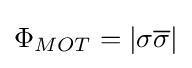
\Phi _{MOT}=\left\vert \sigma {\overline {\sigma }}\right\vert